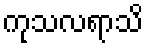
ကုသလရာသိ